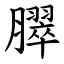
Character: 臎